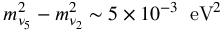
m _ { \nu _ { 5 } } ^ { 2 } - m _ { \nu _ { 2 } } ^ { 2 } \sim 5 \times 1 0 ^ { - 3 } \; \; \mathrm { e V } ^ { 2 }